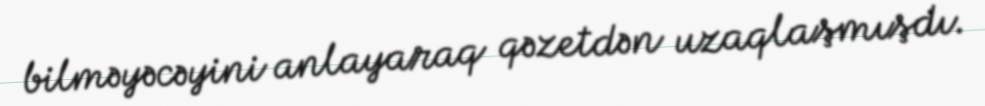
bilməyəcəyini anlayaraq qəzetdən uzaqlaşmışdı.